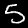
Digit: 5